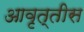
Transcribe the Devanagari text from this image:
आवृत्तीस